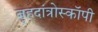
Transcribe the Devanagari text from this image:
बृहदांत्रोस्कॉपी